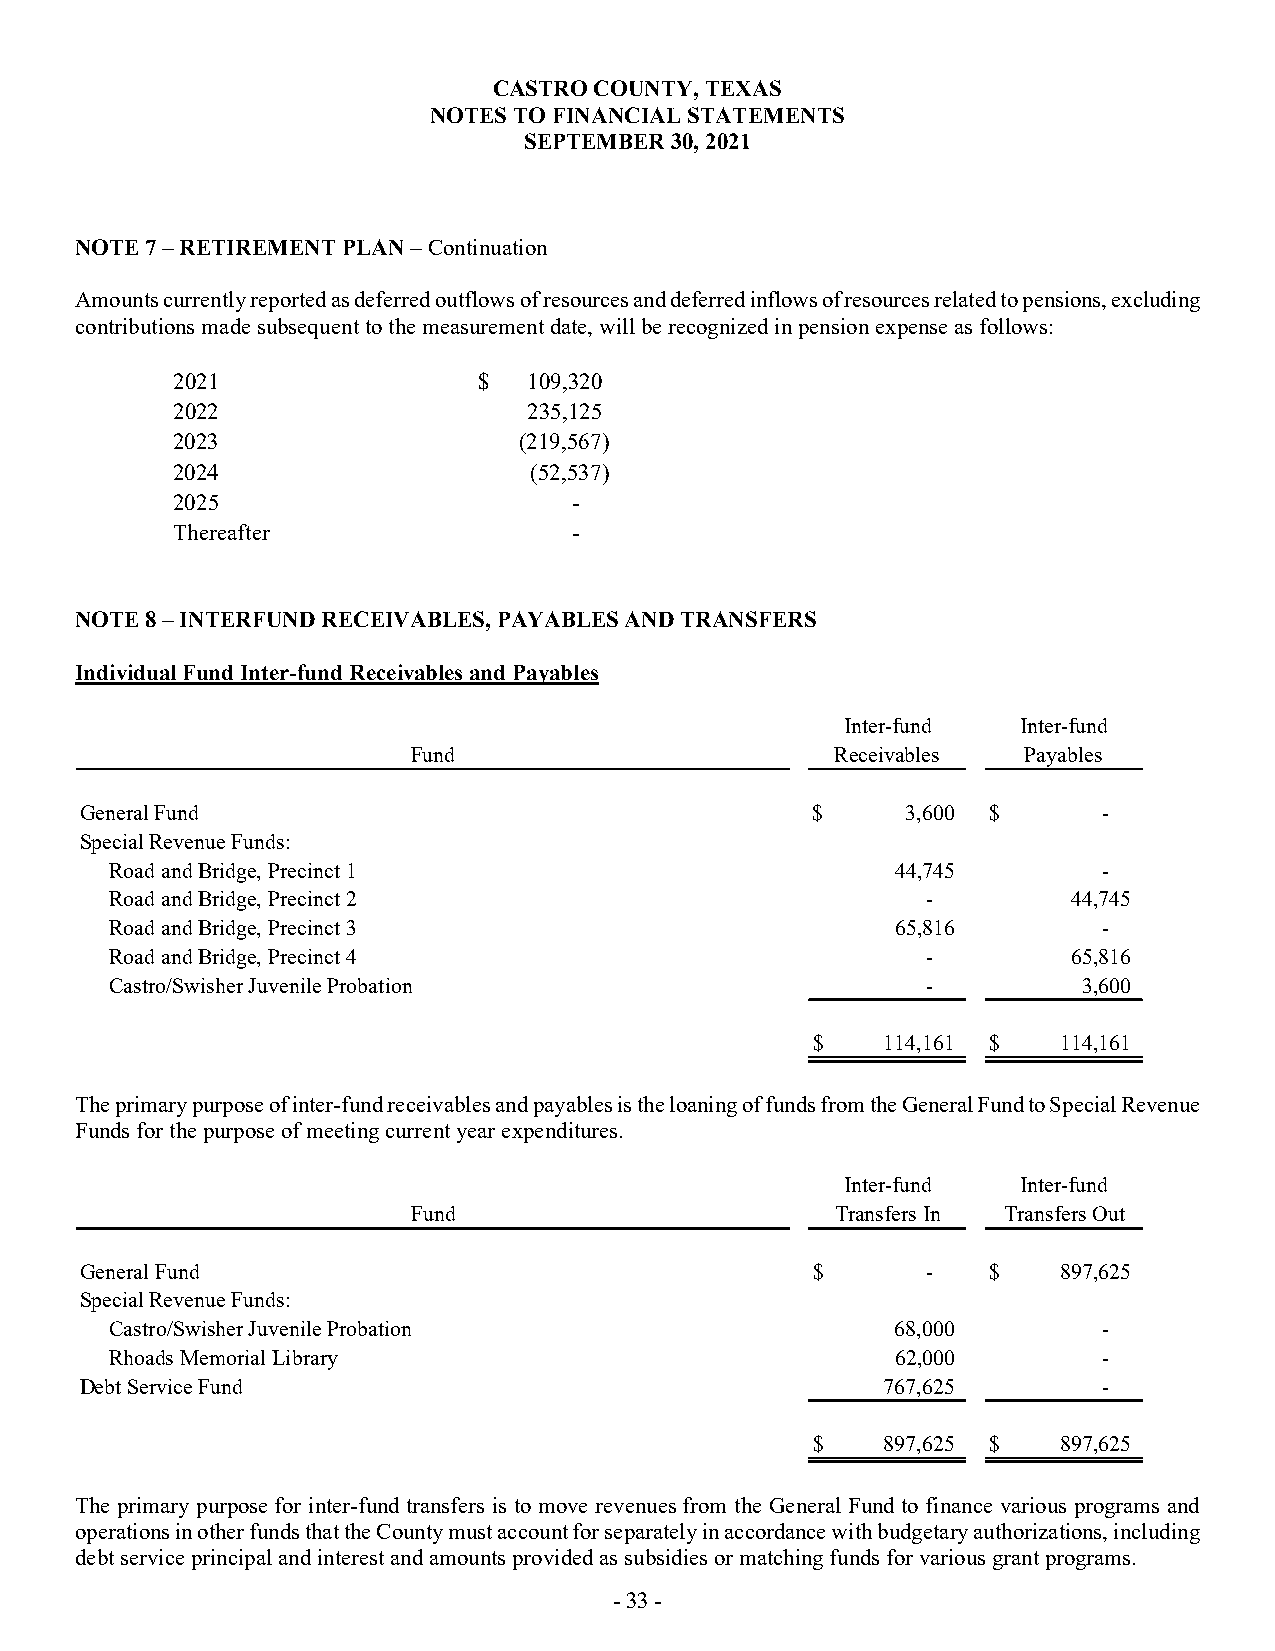
CASTRO COUNTY, TEXAS
 NOTES TO FINANCIAL STATEMENTS
 SEPTEMBER 30, 2021
 NOTE 7 – RETIREMENT PLAN – Continuation
 Amounts currently reported as deferred outflows of resources and deferred inflows of resources related to pensions, excluding
 contributions made subsequent to the measurement date, will be recognized in pension expense as follows:
 2021                 $  109,320
 2022                    235,125
 2023                   (219,567)
 2024                    (52,537)
 2025                       -
 Thereafter                 -
 NOTE 8 – INTERFUND RECEIVABLES, PAYABLES AND TRANSFERS
 Individual Fund Inter-fund Receivables and Payables
 Inter-fund  Inter-fund
 Fund                        Receivables  Payables
 General Fund                                     $     3,600 $      -
 Special Revenue Funds:
 Road and Bridge, Precinct 1                         44,745        -
 Road and Bridge, Precinct 2                           -         44,745
 Road and Bridge, Precinct 3                         65,816        -
 Road and Bridge, Precinct 4                           -         65,816
 Castro/Swisher Juvenile Probation                     -          3,600
 $    114,161 $  114,161
 The primary purpose of inter-fund receivables and payables is the loaning of funds from the General Fund to Special Revenue
 Funds for the purpose of meeting current year expenditures.
 Inter-fund  Inter-fund
 Fund                        Transfers In Transfers Out
 General Fund                                     $      -    $   897,625
 Special Revenue Funds:
 Castro/Swisher Juvenile Probation                   68,000        -
 Rhoads Memorial Library                             62,000        -
 Debt Service Fund                                     767,625       -
 $    897,625 $  897,625
 The primary purpose for inter-fund transfers is to move revenues from the General Fund to finance various programs and
 operations in other funds that the County must account for separately in accordance with budgetary authorizations, including
 debt service principal and interest and amounts provided as subsidies or matching funds for various grant programs.
 - 33 -